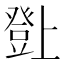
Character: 𤼸